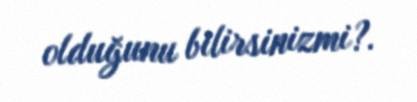
olduğunu bilirsinizmi?.